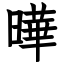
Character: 曄